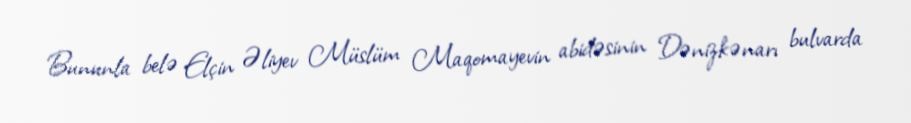
Bununla belə Elçin Əliyev Müslüm Maqomayevin abidəsinin Dənizkənarı bulvarda